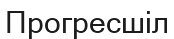
Прогресшіл